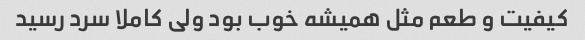
کیفیت و طعم مثل همیشه خوب بود ولی کاملا سرد رسید